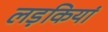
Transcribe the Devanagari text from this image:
लड़कियां